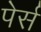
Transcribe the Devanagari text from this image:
पेर्स